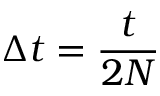
\Delta t = \frac { t } { 2 N }